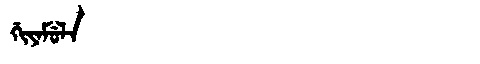
Manchu: ᡤᡳᠶᠠᠮᡠᠯᠠ
Romanization: GIYAMULA